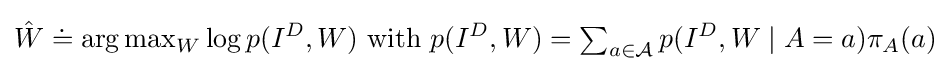
{\hat {W}}\doteq \arg \textstyle \max _{W}\displaystyle \log p(I^{D},W){\text{ with }}p(I^{D},W)=\textstyle \sum _{a\in {\mathcal {A}}}\displaystyle p(I^{D},W\mid A=a)\pi _{A}(a)